Civil Veterinary Dept. Bombay admin report 1932-41 - 1932-1941
Year: 1932
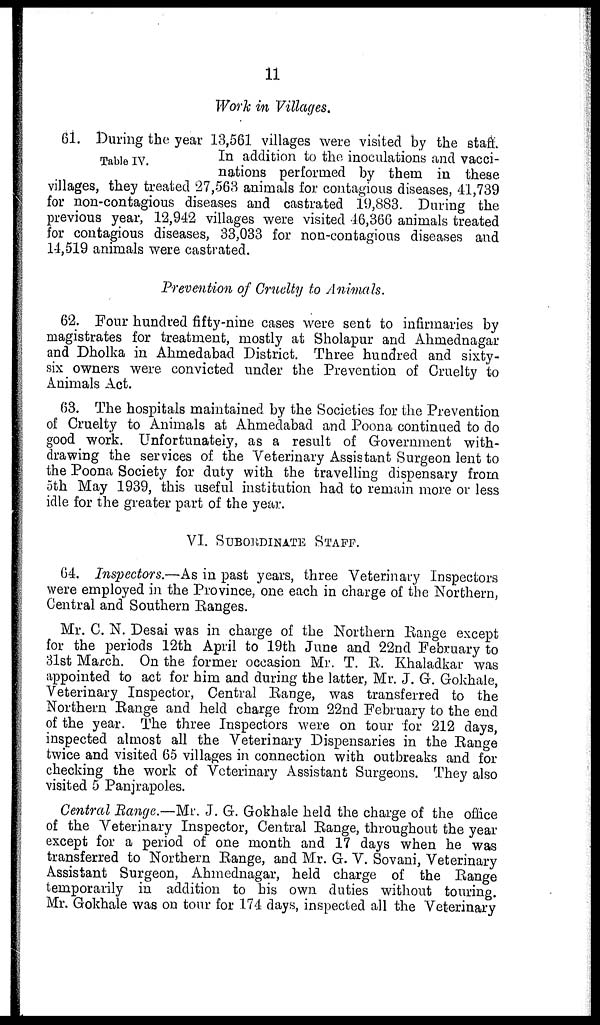
11
Work in Villages.
Table IV.
61. During the year 13,561 villages were visited by the staff
In
addition
to the inoculations and vacci-
nations performed by them in these
villages, they treated 27,563 animals for contagious diseases, 41,739
for non-contagious diseases and castrated 19,883. During the
previous year, 12,942 villages were visited 46,366 animals treated
for contagious diseases, 33,033 for non-contagious diseases and
14,519 animals were castrated.
Prevention of Cruelty to Animals.
62. Four hundred fifty-nine cases were sent to infirmaries by
magistrates for treatment, mostly at Sholapur and Ahmednagar
and Dholka in Ahmedabad District. Three hundred and sixty-
six owners were convicted under the Prevention of Cruelty to
Animals Act.
63. The hospitals maintained by the Societies for the Prevention
of Cruelty to Animals at Ahmedabad and Poona continued to do
good work. Unfortunately, as a result of Government with-
drawing the services of the Veterinary Assistant Surgeon lent to
the Poona Society for duty with the travelling dispensary from
5th May 1939, this useful institution had to remain more or less
idle for the greater part of the year.
VI. SUBORDINATE STAFF.
64. Inspectors.—As in past years, three Veterinary Inspectors
were employed in the Province, one each in charge of the Northern,
Central and Southern Ranges.
Mr. C. N. Desai was in charge of the Northern Range except
for the periods 12th April to 19th June and 22nd February to
31st March. On the former occasion Mr. T. R. Khaladkar was
appointed to act for him and during the latter, Mr. J. G. Gokhale,
Veterinary Inspector, Central Range, was transferred to the
Northern Range and held charge from 22nd February to the end
of the year. The three Inspectors were on tour for 212 days,
inspected almost all the Veterinary Dispensaries in the Range
twice and visited 65 villages in connection with outbreaks and for
checking the work of Veterinary Assistant Surgeons. They also
visited 5 Panjrapoles.
Central Range.—Mr. J. G. Gokhale held the charge of the office
of the Veterinary Inspector, Central Range, throughout the year
except for a period of one month and 17 days when he was
transferred to Northern Range, and Mr. G. V. Sovani, Veterinary
Assistant Surgeon, Ahmednagar, held charge of the Range
temporarily in addition to his own duties without touring.
Mr. Gokhale was on tour for 174 days, inspected all the Veterinary